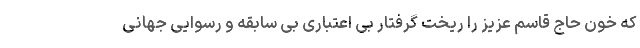
که خون حاج قاسم عزیز را ریخت گرفتار بی اعتباری بی سابقه و رسوایی جهانی